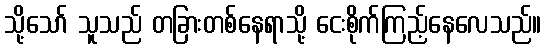
သို့သော် သူသည် တခြားတစ်နေရာသို့ ငေးစိုက်ကြည့်နေလေသည်။